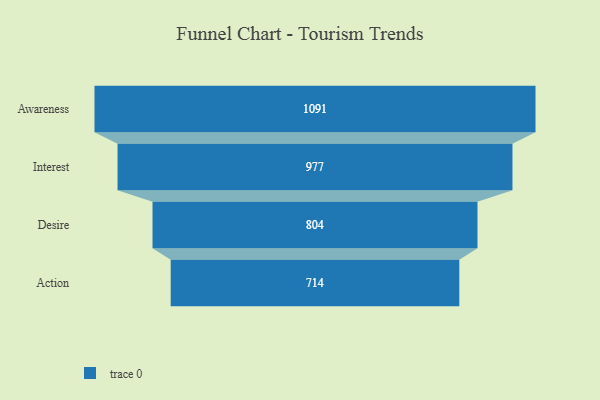
{"axis": {"x": "Stage", "y": "Value"}, "legend": [""], "data": [{"x": "Awareness", "y": 1091.0, "type": ""}, {"x": "Interest", "y": 977.0, "type": ""}, {"x": "Desire", "y": 804.0, "type": ""}, {"x": "Action", "y": 714.0, "type": ""}]}